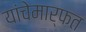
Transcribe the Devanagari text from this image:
यांचेमार्फत